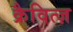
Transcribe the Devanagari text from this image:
क्रैवित्ज़